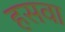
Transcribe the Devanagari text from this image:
हसवा